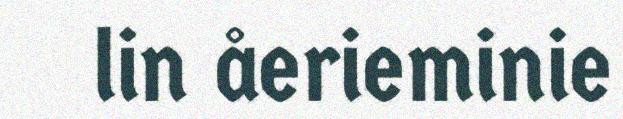
lin åerieminie